Source: Handwritten
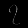
Digit: ၇ (7)